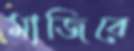
মাজিবে